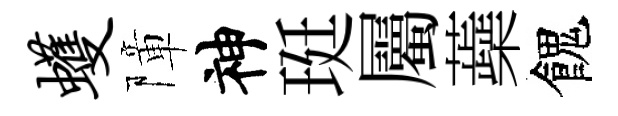
蠖障神珽屬蘃餽